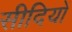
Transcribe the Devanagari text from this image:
सीदियों